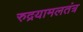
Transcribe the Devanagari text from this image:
रुद्रयामलतंत्र